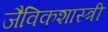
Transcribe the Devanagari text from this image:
जैविकशास्त्री